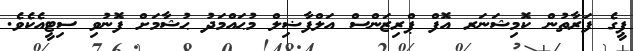
ޕީގެ ފަރާތުން ކޮމިޝަނަރ އޮފް ޕްރިޒަންސް އަލްފާޟިލް މުޙައްމަދު ޙުޝާމަށް ފޮނުވި ސިޓީއެކެވެ.